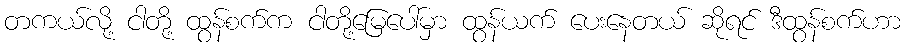
တကယ်လို့ ငါတို့ ထွန်စက်က ငါတို့မြေပေါ်မှာ ထွန်ယက် ပေးနေတယ် ဆိုရင် ဒီထွန်စက်ဟာ